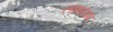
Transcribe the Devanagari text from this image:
लहानगा